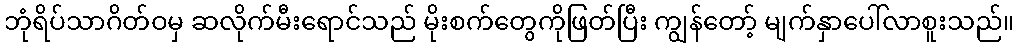
ဘုံရိပ်သာဂိတ်ဝမှ ဆလိုက်မီးရောင်သည် မိုးစက်တွေကိုဖြတ်ပြီး ကျွန်တော့် မျက်နှာပေါ်လာစူးသည်။